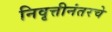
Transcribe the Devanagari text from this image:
निवृत्तीनंतरचे